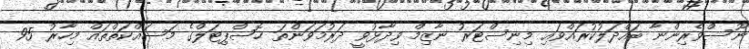
ނޫސްވެރިންނާ ބައްދަލުކުރައްވައި މިނިސްޓަރު ނާޒިމް ވިދާޅުވީ ދަރުމަވަންތަ ހޮސްޕިޓަލްގެ މަސައްކަތްތައް މިހާރު 95